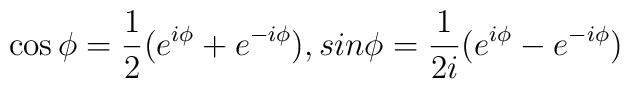
\cos\phi = \frac{1}{2} (e^{i\phi} + e^{-i\phi}),\\sin\phi = \frac{1}{2i}(e^{i\phi} - e^{-i\phi})